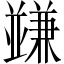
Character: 𠁟